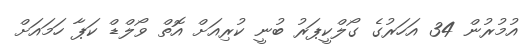
އުމުރުން 34 އަހަރުގެ ގޯލްކީޕަރު ބުނީ ކުރިއަށް އޮތް ވޯލްޑް ކަޕާ ހަމައަށް